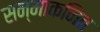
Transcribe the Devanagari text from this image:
सन्माकनित